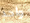
واحد